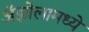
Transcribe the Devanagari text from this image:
ॲझोलामध्ये